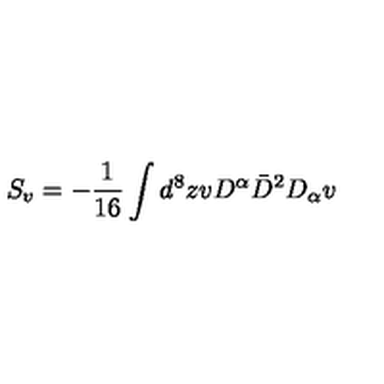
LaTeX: S _ { v } = - \frac { 1 } { 1 6 } \int d ^ { 8 } z v D ^ { \alpha } \bar { D } ^ { 2 } D _ { \alpha } v